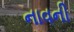
નાવની